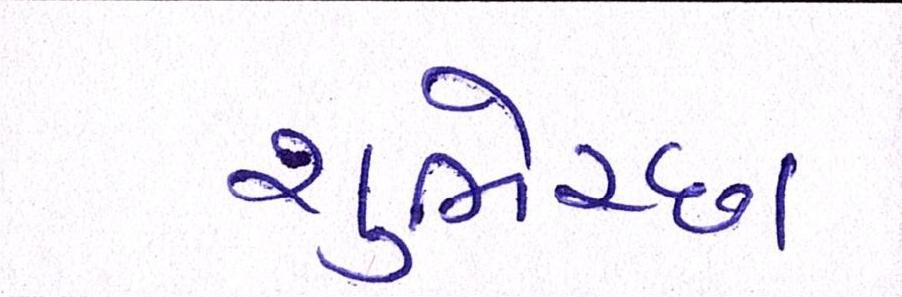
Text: શુભેચ્છા